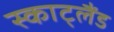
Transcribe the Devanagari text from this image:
स्काट्लैंड